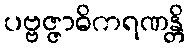
ပဗ္ဗဇ္ဇာဓိကရဏန္တိ